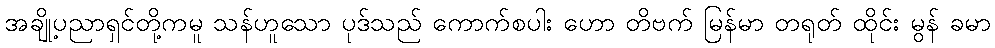
အချို့ပညာရှင်တို့ကမူ သန်ဟူသော ပုဒ်သည် ကောက်စပါး ဟော တိဗက် မြန်မာ တရုတ် ထိုင်း မွန် ခမာ